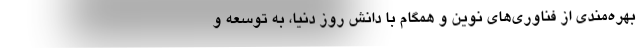
بهره‌مندی از فناوری‌های نوین و همگام با دانش روز دنیا، به توسعه و